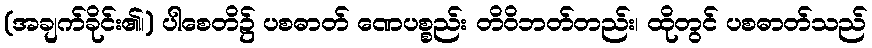
(အချက်ခိုင်း၏၊) ပါစေတိ၌ ပစဓာတ် ဏေပစ္စည်း တိဝိဘတ်တည်း၊ ထိုတွင် ပစဓာတ်သည်